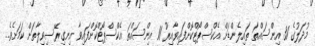
މުދަލުގެ 31 އިންސައްތަ ތައިލެންޑަށް އެކްސްޕޯޓްކޮށްފައިވާއިރު 11 އިންސައްތަ އެކްސްޕޯޓްކޮށްފައިވާ އިނގިރޭސިވިލާތަށް ކަމަށެވެ.